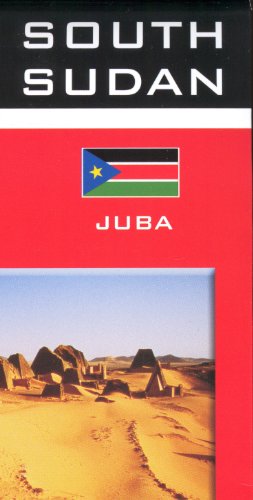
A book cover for Sudan & South Sudan 1:2,500,000 Travel Map GIZI, 2011 edition; Gizela Bassa; Travel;